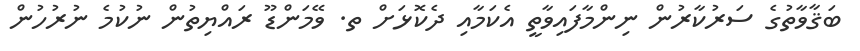
ބަޤާވާތުގެ ސަރުކާރުން ނިންމާފައިވާތީ އެކަމާއި ދެކޮޅަށް ތ. ވޭމަންޑޫ ރައްޔިތުން ނުކުމެ ނުރުހުން